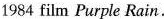
1984 film Purple Rain.